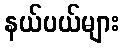
နယ်ပယ်များ